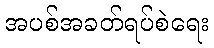
အပစ်အခတ်ရပ်စဲရေး